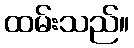
ထမ်းသည်။